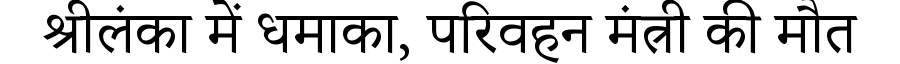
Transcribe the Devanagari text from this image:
श्रीलंका में धमाका, परिवहन मंत्री की मौत